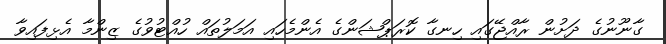
ގާނޫނުގެ ދަށުން ރާއްޖޭގައި ހިނގާ ކޮރަޕްޝަންގެ އެންމެހައި އަމަލުތައް ހުއްޓުވުގެ ޒިންމާ އެޅިފައިވާ